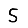
Digit: 5